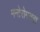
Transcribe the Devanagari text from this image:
मनोरोगतज्ञ